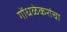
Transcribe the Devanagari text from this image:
गोंधळेकरांचा